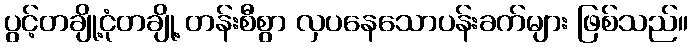
ပွင့်တချို့ငုံတချို့ တန်းစီစွာ လှပနေသောပန်းခက်များ ဖြစ်သည်။